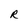
Character: R